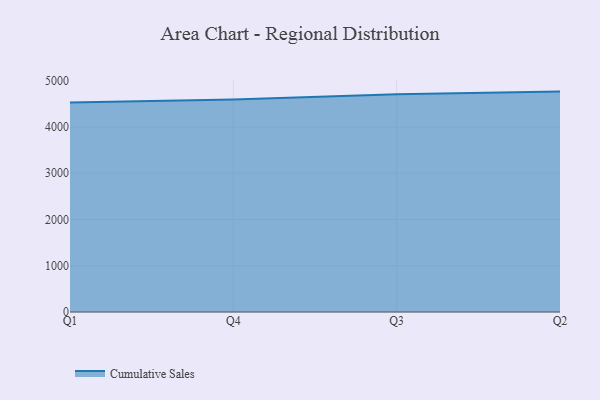
{"axis": {"x": "Quarter", "y": "Budget (USD K)"}, "legend": ["Cumulative Sales"], "data": [{"x": "Q1", "y": 4530.1, "type": "Cumulative Sales"}, {"x": "Q4", "y": 4597.4, "type": "Cumulative Sales"}, {"x": "Q3", "y": 4711.3, "type": "Cumulative Sales"}, {"x": "Q2", "y": 4766.4, "type": "Cumulative Sales"}]}